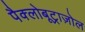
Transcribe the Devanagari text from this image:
पैक्लोबूट्राज़ोल